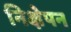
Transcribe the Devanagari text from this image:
निक्षेपन